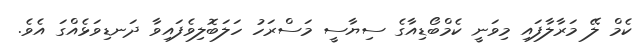
ކެމް ލޭ މަރާލާފައި މިވަނީ ކެމްބޯޑިއާގެ ސިޔާސީ މަސްރަހު ހަލަބޮލިވެފައިވާ ދަނޑިވަޅެއްގަ އެވެ.